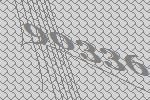
90336